Civil Veterinary Department Bihar & Orissa reports 1929-36 - 1929-1936
Year: 1929
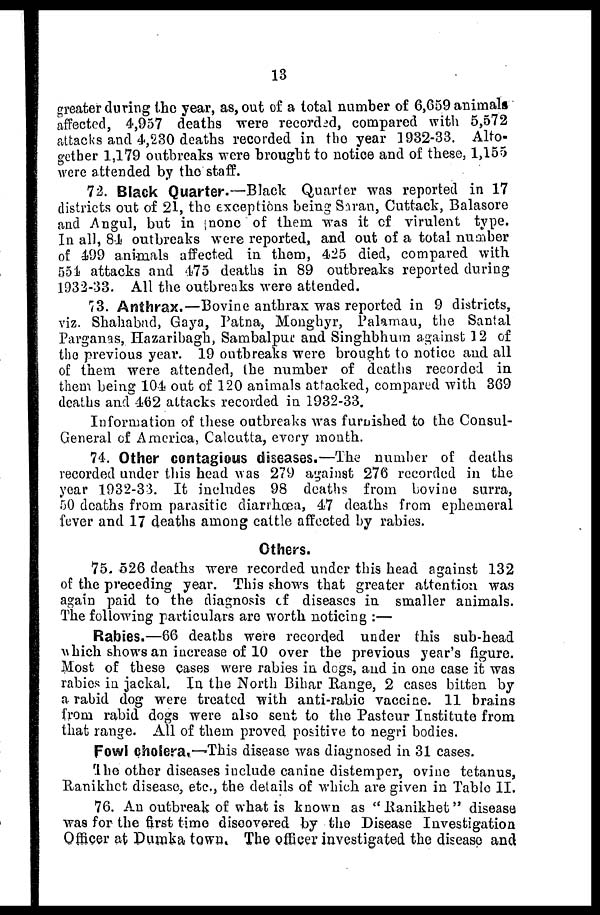
13
greater during the year, as, out of a total number of 6,659 animals
affected, 4,957 deaths were recorded, compared with 5,572
attacks and 4,230 deaths recorded in the year 1932-33. Alto-
gether 1,179 outbreaks were brought to notice and of these, 1,155
were attended by the staff.
72. Black Quarter.—Black Quarter was reported in 17
districts out of 21, the exceptions being Saran, Cuttack, Balasore
and Angul, but in none of them was it of virulent type.
In all, 84 outbreaks were reported, and out of a total number
of 499 animals affected in them, 425 died, compared with
554 attacks and 475 deaths in 89 outbreaks reported during
1932-33. All the outbreaks were attended.
73. Anthrax.—Bovine anthrax was reported in 9 districts,
viz. Shahabad, Gaya, Patna, Monghyr, Palamau, the Santal
Parganas, Hazaribagh, Sambalpur and Singhbhum against 12 of
the previous year. 19 outbreaks were brought to notice and all
of them were attended, the number of deaths recorded in
them being 104 out of 120 animals attacked, compared with 369
deaths and 462 attacks recorded in 1932-33.
Information of these outbreaks was furnished to the Consul-
General of America, Calcutta, every month.
74. Other contagious diseases.—The number of deaths
recorded under this head was 279 against 276 recorded in the
year 1932-33. It includes 98 deaths from bovine surra,
.00 deaths from parasitic diarrhoea, 47 deaths from ephemeral
fever and 17 deaths among cattle affected by rabies.
Others.
75. 526 deaths were recorded under this head against 132
of the preceding year. This shows that greater attention was
again paid to the diagnosis of diseases in smaller animals.
The following particulars are worth noticing:—
Rabies.—66 deaths were recorded under this sub-head
which shows an increase of 10 over the previous year's figure.
Most of these cases were rabies in dogs, and in one case it was
rabies in jackal. In the North Bihar Range, 2 cases bitten by
a rabid dog were treated with anti-rabic vaccine. 11 brains
from rabid dogs were also sent to the Pasteur Institute from
that range. All of them proved positive to negri bodies.
Fowl cholera.—This disease was diagnosed in 31 cases.
The other diseases include canine distemper, ovine tetanus,
Ranikhet disease, etc., the details of which are given in Table II.
76. An outbreak of what is known as "Ranikhet" disease
was for the first time discovered by the Disease Investigation
Officer at Dumka town. The officer investigated the disease and